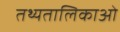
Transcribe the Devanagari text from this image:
तथ्यतालिकाओं